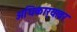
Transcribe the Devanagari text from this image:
अधिकार्‍यावर